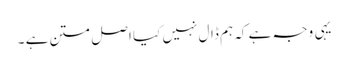
یہی وجہ ہے کہ ہم ڈال نہیں کیا اصل متن ہے ۔